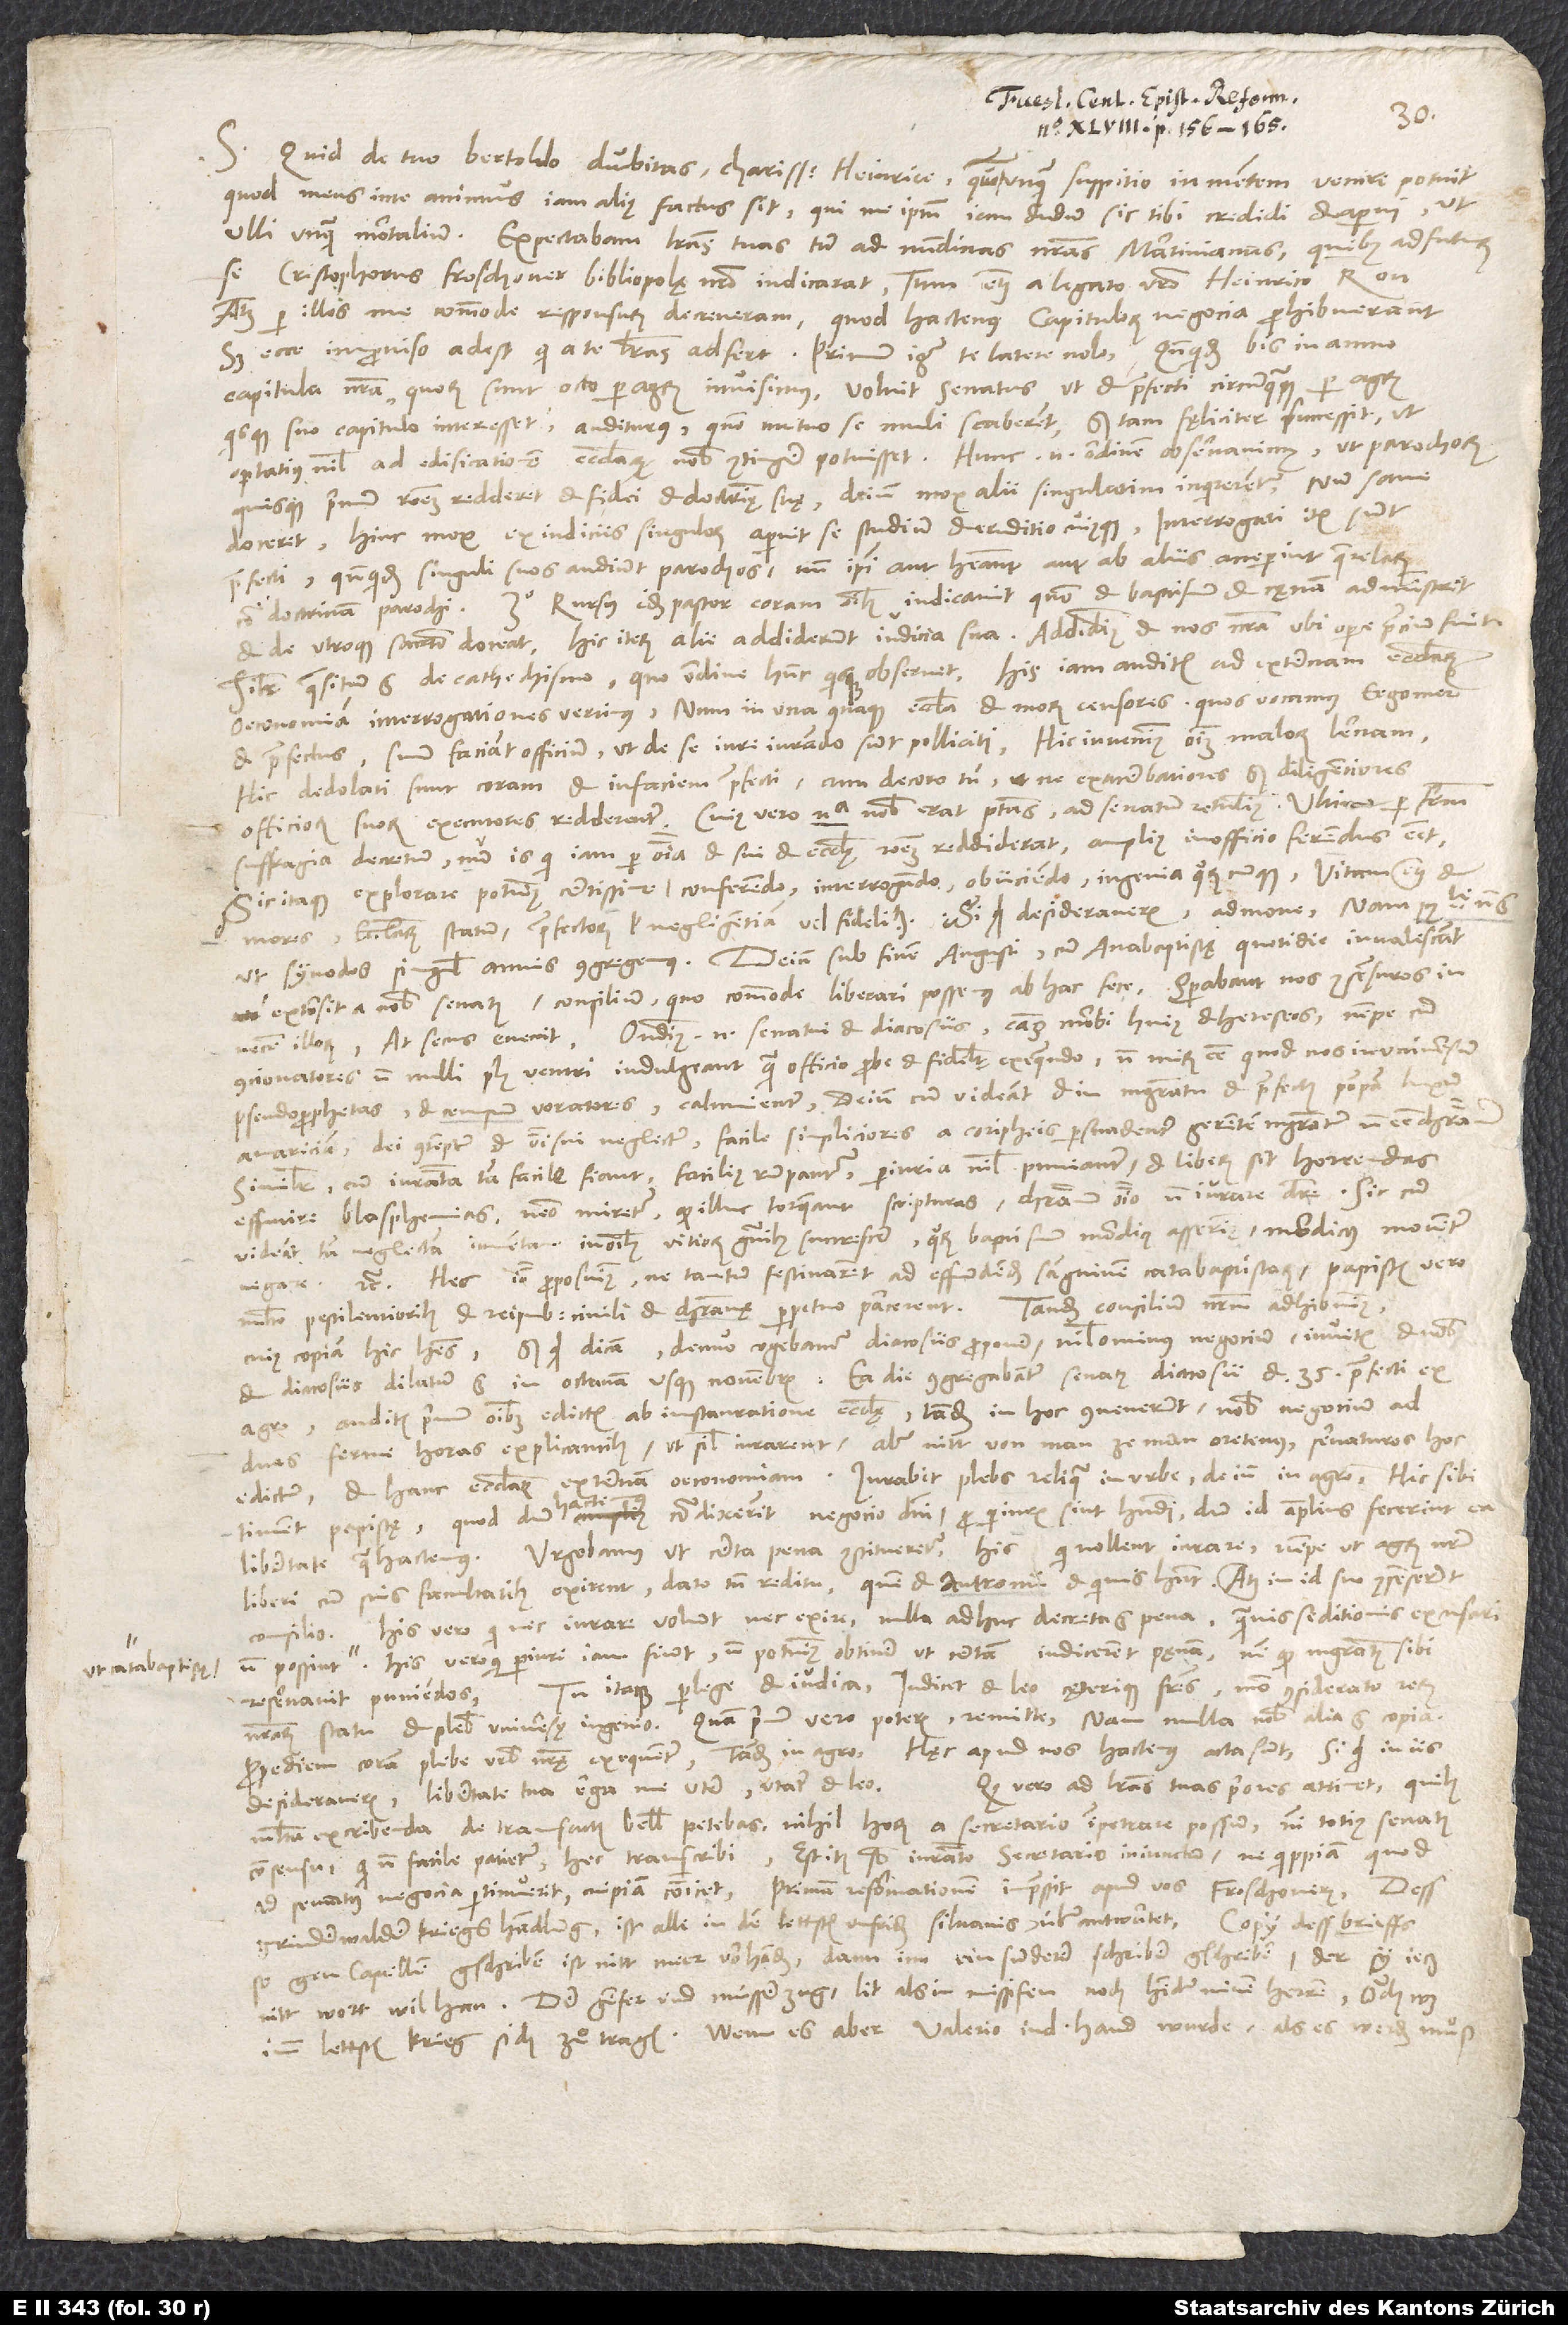
(ut catabaptistae).

S. Quid de tuo Bertoldo dubitas, charissime Heinrice? Quomodo unquam suspitio in mentem venire potuit,
quod meus in te animus iam alius factus sit, qui me ipsum iam dudum sic tibi credidi et aperui ut
ulli unquam mortalium? Expectabam literas tuas tum ad nundinas nostras Martinianas, quibus adfuturum
se Cristophorus Froschover bibliopolę nostro indicarat, tum etiam a legato vestro Heinrico Ron,
atque per illos me commode responsurum decreveram, quod hactenus capitulorum negocia prohibuerant.
capitula nostra, quorum sunt octo per agrum, invisimus, voluit senatus, ut et praefecti circumquaque per agrum,
quisque suo capitulo interesset auditurus, quomodo mutuo se muli scaberent. Sed tam fęliciter successit, ut
optatius nihil ad edificationem ecclesiarum nobis contingere potuisset. Hunc enim ordinem observavimus, ut parochorum
quisque primum rationem redderet et fidei et doctrinae suae, deinde mox alii singulatim inquirerentur, num sane
doceret. Hinc mox ex indiciis singulorum aperuit se studium et eruditio cuiusque. Interrogati item sunt
praefecti, quandoquidem singuli suos audiunt parochos, num ipsi aut habeant aut ab aliis acceperint querelas
contra doctrinam parochi. 3 o rursus idem pastor coram omnibus indicavit, quomodo et baptismum et cęnam administret
et de utroque sacramento doceat. Hic iterum alii addiderunt iudicia sua, addidimus et nos nostra, ubi operae precium fuit.
Similiter quaesitum est de cathechismo, quo ordine hunc quisque observet. His iam auditis ad externam ecclesiarum
oeconomiam interrogationes vertimus, num in una quaque ecclesia et morum censores, quos vocamus eegoumer,
et praefectus suum faciant officium, ut de se iureiurando sunt polliciti. Hic invenimus omnium malorum Lernam,
hic dedolati sunt coram et in faciem praefecti cum decoro tamen ne exacerbatiores, sed diligentiores
officiorum suorum executores redderentur. Cuius vero nulla nobis erat potestas, ad senatum retulimus. Ultimo per fratrum
suffragia decretum, num is, qui iam per omnia et sui et ecclesię rationem reddiderat, amplius in officio ferendus esset.
Sic itaque explorare potuimus certissime conferendo, interrogando obiiciendo ingenia quorumcumque, vitam etiam et
mores, ecclesiarum statum, praefectorum vel negligentiam vel fidelitatem. Si quid desideraveris, admone. Nam possibile non est,
extorsit a nobis senatus consilium, quo commode liberari possemus ab hac fece. Sperabant nos consensuros in
necem illorum, at secus evenit. Ostendimus enim senatui et diacosiis causam morbi huius et hereseos, nempe, cum
concionatores nonnulli plus ventri indulgeant quam officio probe et fideliter exequendo, non mirum esse, quod nos in universum
pseudoprophetas et censuum voratores calumnientur. Deinde, cum videant et in magistratu et praefectis pompam, luxum,
avariciam, dei contemptum et verbi sui neglectum, facile simpliciores a coripheis persuadentur gerentem magistratum non esse christianum.
Similiter, cum iuramenta tam facile fiant, facilius rumpantur, periuria nihil puniantur et liberum sit horrendas
effutire blasphemias, nemo miretur, quod illuc torqueant scripturas, christianum omnino non iurare debere. Sic, cum
videant tam neglectam iuventam in omnibus vitiorum generibus succrescere, quorum baptismum mordicus asserimus, mordicus moventur
negare etc. Hec ideo proposuimus, ne tantum festinarent ad effundendum sanguinem catabaptistarum, papistis vero
multo pestilentioribus et reipublicae civili et christianę perpetuo parcerent. Tandem consilium nostrum adhibuimus,
cuius copiam hic habes. Sed quid dicam? Denuo cogebamur diacosiis proponere. Nihilominus negocium invitis et nobis
et diacosiis dilatum est in octavam usque novembris. Ea die congregabantur senatus, diacosii et 35 praefecti ex
agro. Auditis primum omnibus edictis ab instauratione ecclesię tandem in hoc convenerunt nobis negocium ad
duas ferme horas explicantibus, ut simul iurarent, aber nitt von man ze man oretenus, servaturos hoc
edictum et hanc ecclesiarum externam oeconomiam. Iurabit plebs reliqua in urbe, deinde in agro. Hic sibi
timent papistę, quod dum hactenus contradixerint negocio domini, pro periuris sint habendi, dum id amplius fecerint ea
libertate qua hactenus. Urgebamus, ut certa pena constitueretur his, qui nollent iurare, nempe ut agrum nostrum
libere cum suis facultatibus exirent, dato tamen reditu, quem et Antronii et quivis habent, atque in id suo consenserunt
consilio. His vero, qui nec iurare volunt nec exire, nulla adhuc decreta est pena, quamvis seditionis excusari
His vero, qui periuri iam fiunt, non potuimus obtinere ut certam indicerent pęnam, nisi quod magistratus sibi
Tu itaque perlege et iudica, iudicet et Leo cęterique fratres modo considerato rerum
reservavit puniendos.
nostrarum statu et plebis universę ingenio. Quam primum vero poteris, remitte. Nam nulla nobis alia est copia.
Propediem coram plebe urbis nostrae exequentur, tandem in agro. Haec apud nos hactenus acta sunt. Si quid in iis
Quod vero ad literas tuas priores attinet, quibus
desideraveris, libertate tua erga me utere, utatur et Leo.
multa excribenda de transactis bellis petebas, nihil horum a secretario impetrare possum nisi totius senatus
consensu, qui non facile patietur hec transcribi. Est item sub iuramento secretario iniunctum, ne quippiam, quod
ad senatus negocia pertinuerit, cuipiam communicet. Primam reformationem impressit apud vos Froschoverus. Dess
Copy dess brieffs,
Grinderwalder kriegs handlung ist alle in dem lettsten unfriden Silvanis überantwurtet.
so gen Capellen gschriben ist nitt meer, vorhanden; dann inn ein sunderer schriber gschriben, der sy jetz
nitt wort wil han. Der Genfer und Müsser zug lit als in missifen noch hinder minen herren, ouch was
imm lettsten krieg sich zuͦtragen. Wenn es aber Valerio in d'hand wurde als es werden, muß,